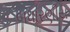
બધારણીય